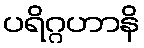
ပရိဂ္ဂဟာနိ